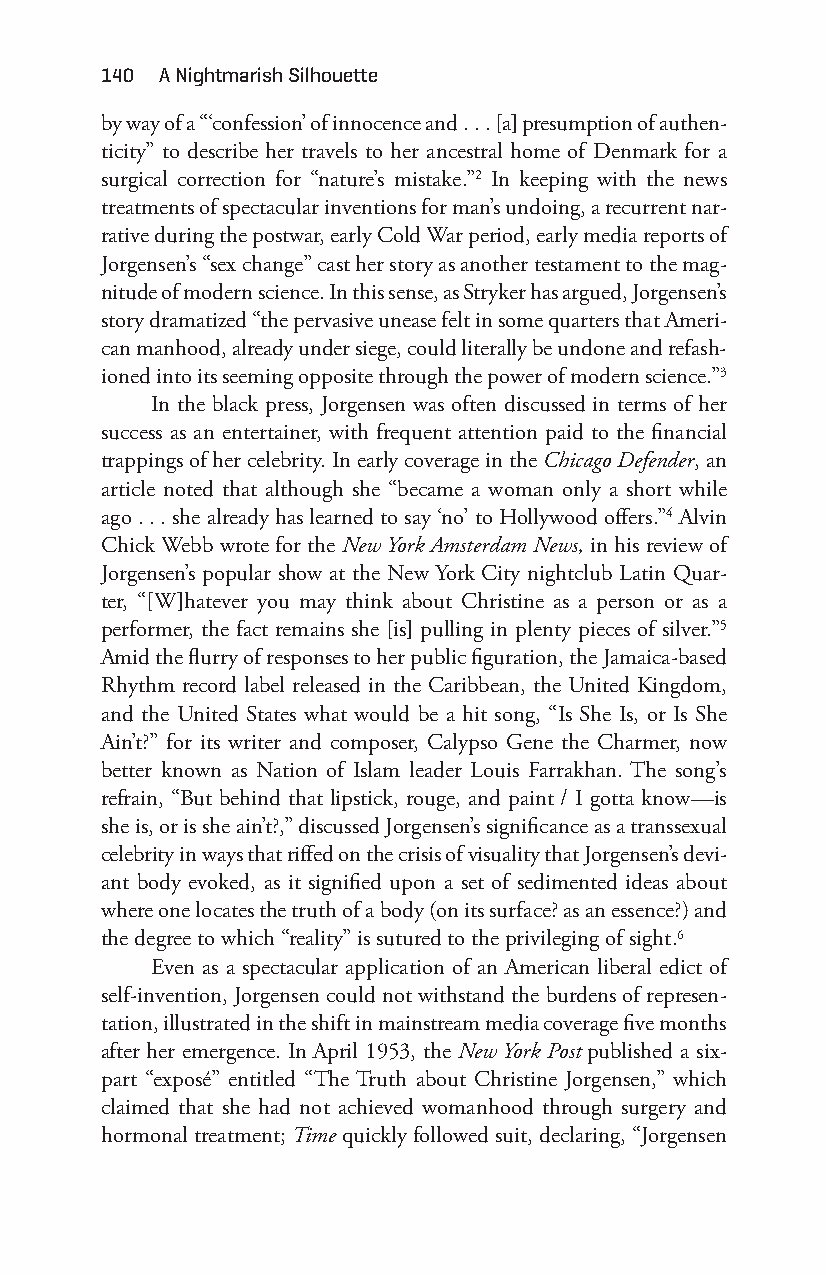
140 a nightmarish Silhouette
 by way of a “‘confession’ of innocence and . . . [a] presumption of authen-
 ticity” to describe her travels to her ancestral home of Denmark for a
 surgical correction for “nature’s mistake.”2 In keeping with the news
 treatments of spectacular inventions for man’s undoing, a recurrent nar-
 rative during the postwar, early Cold War period, early media reports of
 Jorgensen’s “sex change” cast her story as another testament to the mag-
 nitude of modern science. In this sense, as Stryker has argued, Jorgensen’s
 story dramatized “the pervasive unease felt in some quarters that Ameri-
 can manhood, already under siege, could literally be undone and refash-
 ioned into its seeming opposite through the power of modern science.”3
 In the black press, Jorgensen was often discussed in terms of her
 success as an entertainer, with frequent attention paid to the financial
 trappings of her celebrity. In early coverage in the Chicago Defender, an
 article noted that although she “became a woman only a short while
 ago . . . she already has learned to say ‘no’ to Hollywood offers.”4 Alvin
 Chick Webb wrote for the New York Amsterdam News, in his review of
 Jorgensen’s popular show at the New York City nightclub Latin Quar-
 ter, “[W]hatever you may think about Christine as a person or as a
 performer, the fact remains she [is] pulling in plenty pieces of silver.”5
 Amid the flurry of responses to her public figuration, the Jamaica-b ased
 Rhythm record label released in the Caribbean, the United Kingdom,
 and the United States what would be a hit song, “Is She Is, or Is She
 Ain’t?” for its writer and composer, Calypso Gene the Charmer, now
 better known as Nation of Islam leader Louis Farrakhan. The song’s
 refrain, “But behind that lipstick, rouge, and paint / I gotta know— is
 she is, or is she ain’t?,” discussed Jorgensen’s significance as a transsexual
 celebrity in ways that riffed on the crisis of visuality that Jorgensen’s devi-
 ant body evoked, as it signified upon a set of sedimented ideas about
 where one locates the truth of a body (on its surface? as an essence?) and
 the degree to which “reality” is sutured to the privileging of sight.6
 Even as a spectacular application of an American liberal edict of
 self- invention, Jorgensen could not withstand the burdens of represen-
 tation, illustrated in the shift in mainstream media coverage five months
 after her emergence. In April 1953, the New York Post published a six-
 part “exposé” entitled “The Truth about Christine Jorgensen,” which
 claimed that she had not achieved womanhood through surgery and
 hormonal treatment; Time quickly followed suit, declaring, “Jorgensen
 Snorton.indd 140                            29/09/2017 8:41:05 AM